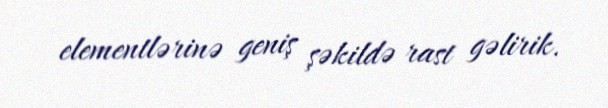
elementlərinə geniş şəkildə rast gəlirik.